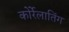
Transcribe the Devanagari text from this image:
कोर्रेलातिंग